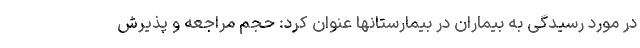
در مورد رسیدگی به بیماران در بیمارستانها عنوان کرد: حجم مراجعه و پذیرش